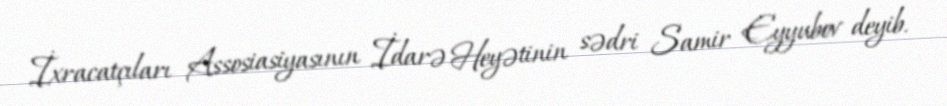
İxracatçıları Assosiasiyasının İdarə Heyətinin sədri Samir Eyyubov deyib.